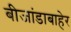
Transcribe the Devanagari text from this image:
बीजांडाबाहेर